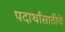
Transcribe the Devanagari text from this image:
पदार्थांसाठीचे